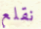
نقلع